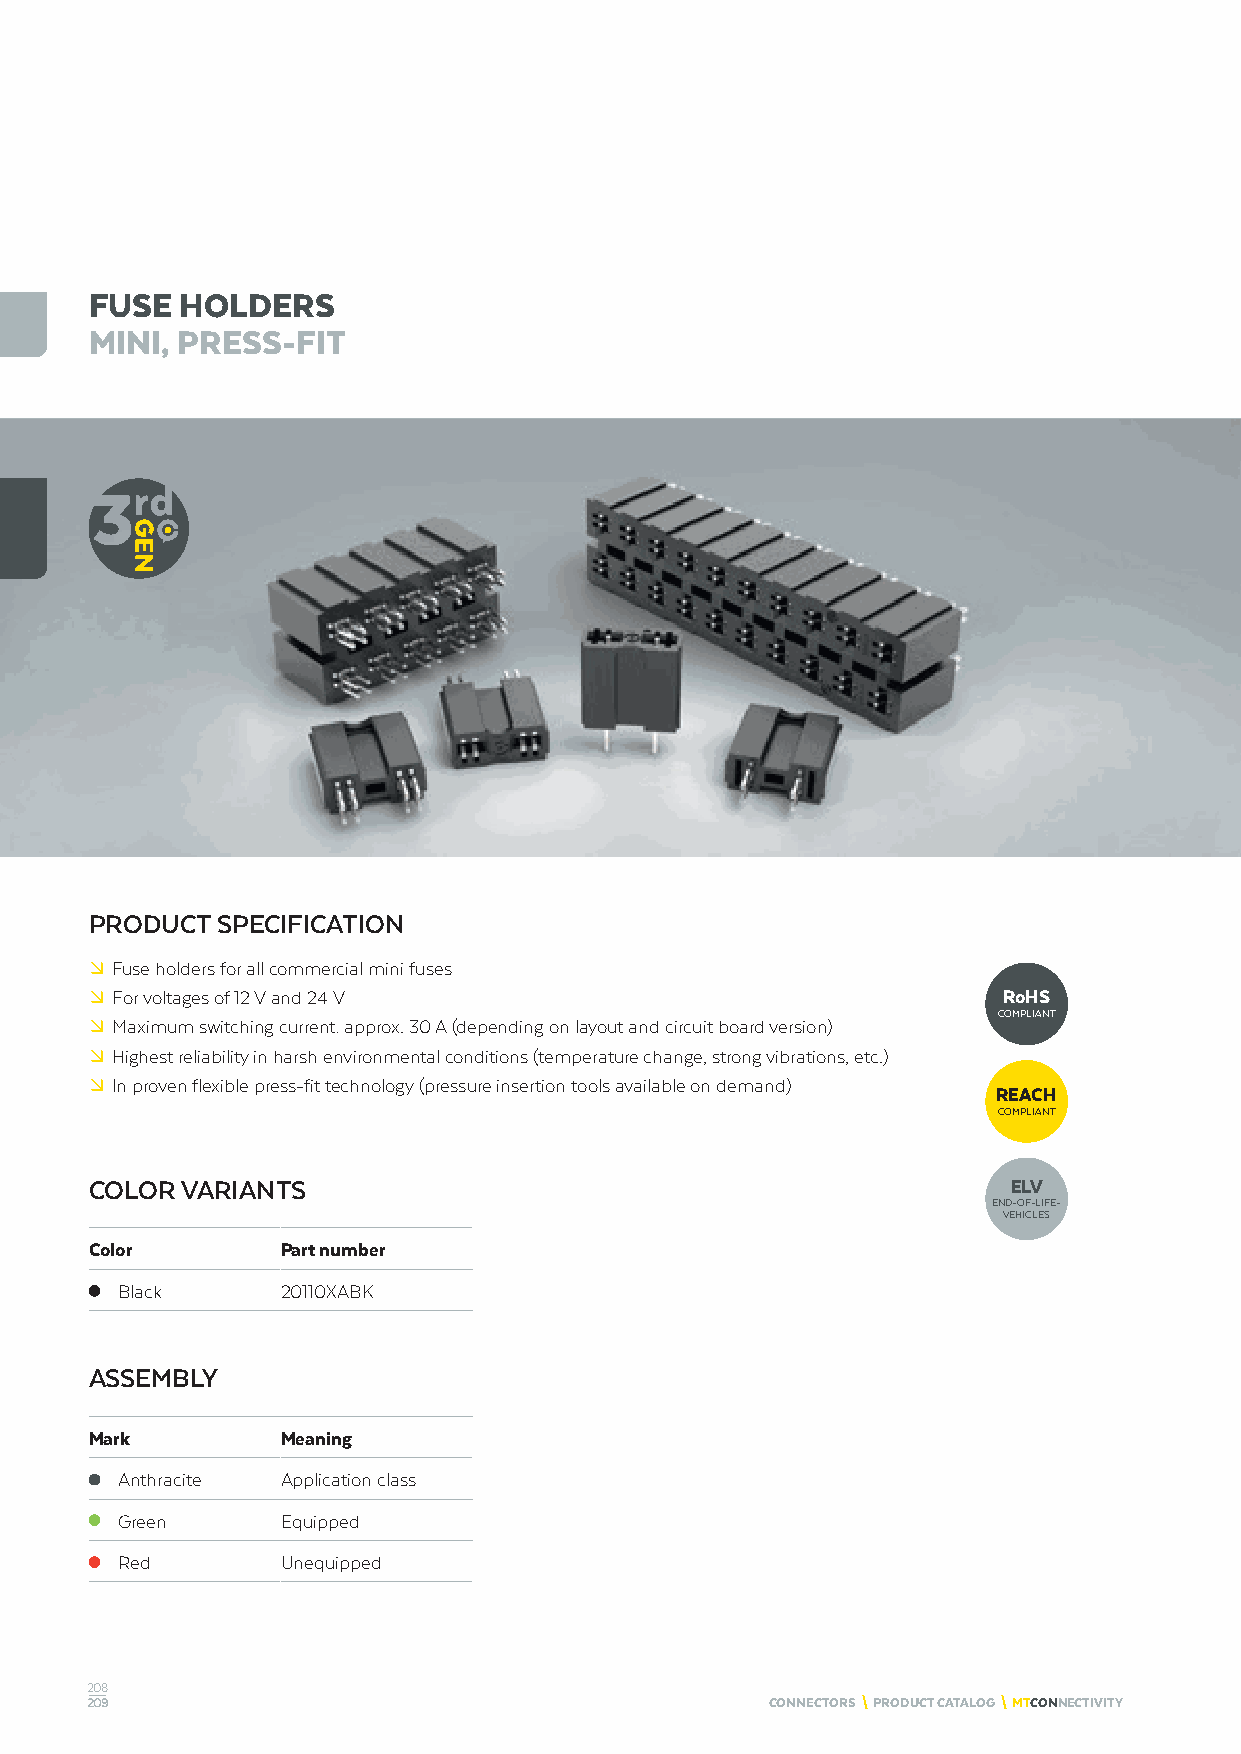
FUSE  HOLDERS
 MINI, PRESS-FIT
 PRODUCT SPECIFICATION
 º Fuse holders for all commercial mini fuses
 º For voltages of 12 V and 24 V                             RoHS
 COMPLIANT
 º Maximum switching current: approx. 30 A (depending on layout and circuit board version)
 º Highest reliability in harsh environmental conditions (temperature change, strong vibrations, etc.)
 º In proven flexible press-fit technology (pressure insertion tools available on demand)
 REACH
 COMPLIANT
 COLOR VARIANTS                                               ELV
 END-OF-LIFE-
 VEHICLES
 Color        Part number
 Black      20110XABK
 ASSEMBLY
 Mark         Meaning
 Anthracite Application class
 Green      Equipped
 Red        Unequipped
 208
 209                                          CONNECTORS \ PRODUCT CATALOG \ MTCONNECTIVITY